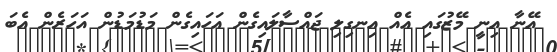
އޭނާ އިނީ މޭޒުގައި އެއް އިނގިލި ޖައްސާލައިގެން އަހައިގެން މަޑުމަޑުން އަހަރެން އެބަ